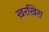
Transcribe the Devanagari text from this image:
ख़रख़िरा